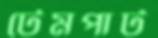
টেমপাট